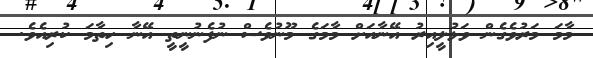
މާމަ މަރުވެގެން ވަޅުލީއިރު އޭނާއަށް މާމަގެ މޫނުވެސް ނުފެނުނީތީ އޭނާ ހިތާމަ ކުރިއެވެ.